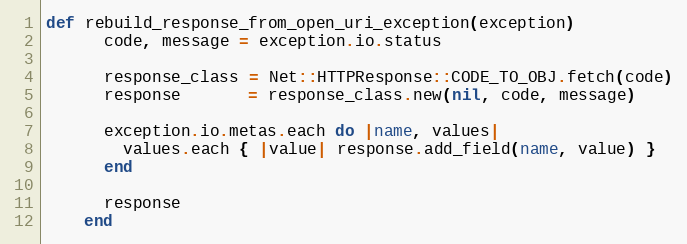
Language: Ruby
def rebuild_response_from_open_uri_exception(exception)
      code, message = exception.io.status

      response_class = Net::HTTPResponse::CODE_TO_OBJ.fetch(code)
      response       = response_class.new(nil, code, message)

      exception.io.metas.each do |name, values|
        values.each { |value| response.add_field(name, value) }
      end

      response
    end